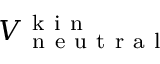
V _ { \mathrm { ~ n ~ e ~ u ~ t ~ r ~ a ~ l ~ } } ^ { \mathrm { ~ k ~ i ~ n ~ } }